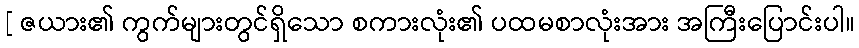
[ ဇယား၏ ကွက်များတွင်ရှိသော စကားလုံး၏ ပထမစာလုံးအား အကြီးပြောင်းပါ။